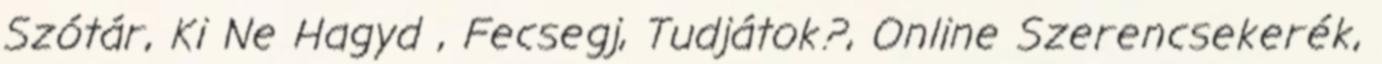
Szótár, Ki Ne Hagyd , Fecsegj, Tudjátok?, Online Szerencsekerék,